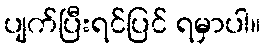
ပျက်ပြီးရင်ပြင် ရမှာပါ။